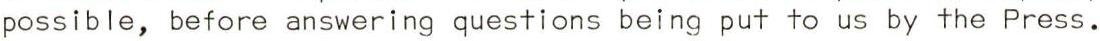
possible, before answering questions being put to us by the Press.